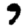
Digit: 9